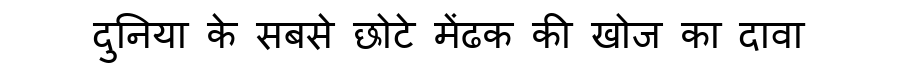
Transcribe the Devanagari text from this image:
दुनिया के सबसे छोटे मेंढक की खोज का दावा